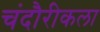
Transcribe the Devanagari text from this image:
चंदौरीकला